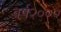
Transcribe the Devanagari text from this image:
वर्ष२०००